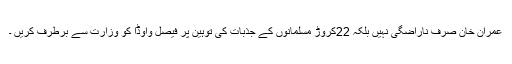
عمران خان صرف ناراضگی نہیں بلکہ 22کروڑ مسلمانوں کے جذبات کی توہین پر فیصل واوڈا کو وزارت سے برطرف کریں ۔